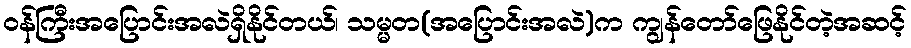
ဝန်ကြီးအပြောင်းအလဲရှိနိုင်တယ်၊ သမ္မတ(အပြောင်းအလဲ)က ကျွန်တော်ဖြေနိုင်တဲ့အဆင့်